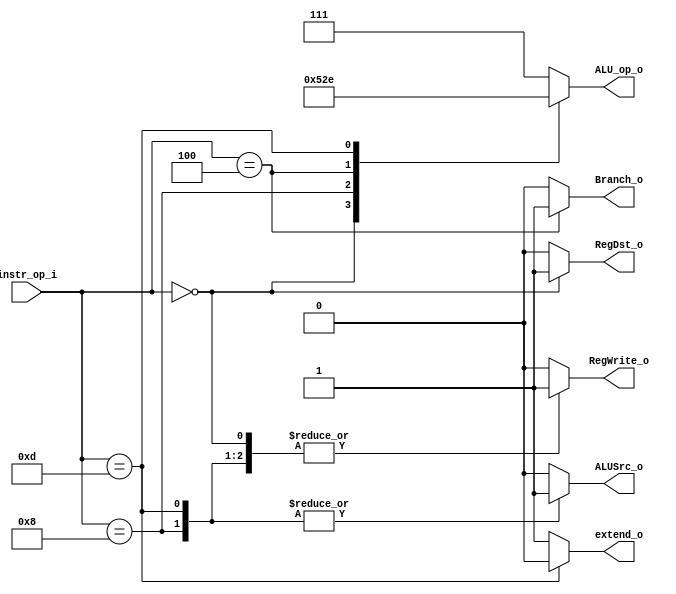
//Student ID: 0016311
//Subject:     CO project 2 - Decoder
//--------------------------------------------------------------------------------
//Version:     1
//--------------------------------------------------------------------------------
//Writer:      Luke
//----------------------------------------------
//----------------------------------------------
//Description: 
//--------------------------------------------------------------------------------

module Decoder(
	instr_op_i,
	RegWrite_o,
	ALU_op_o,
	ALUSrc_o,
	RegDst_o,
	Branch_o,
	extend_o
	);
     
//I/O ports
input  [6-1:0] instr_op_i;

output         RegWrite_o;
output [3-1:0] ALU_op_o;
output         ALUSrc_o;
output         RegDst_o;
output         Branch_o;
output			extend_o; 
//Internal Signals
reg    [3-1:0] ALU_op_o;
reg            ALUSrc_o;
reg            RegWrite_o;
reg            RegDst_o;
reg            Branch_o;
reg				extend_o;
//Parameter


//Main function
always @(*)
begin
	case (instr_op_i)
	6'b000000:			//R-type
	begin
		ALU_op_o <= 3'b010;
		ALUSrc_o <= 0;
		RegWrite_o <= 1;
		RegDst_o <= 1;
		Branch_o <= 0;
		extend_o <= 1;
	end
	6'b001000:			//add immediate
	begin
		ALU_op_o <= 3'b100;
		ALUSrc_o <= 1;
		RegWrite_o <= 1;
		RegDst_o <= 0;
		Branch_o <= 0;
		extend_o <= 1;
	end
	6'b000100:			//Branch on Equal
	begin
		ALU_op_o <= 3'b101;
		ALUSrc_o <= 0;
		RegWrite_o <= 0;
		RegDst_o <= 0;
		Branch_o <= 1;
		extend_o <= 1;
	end
	6'b001101:			//OR immedicate
	begin
		ALU_op_o <= 3'b110;
		ALUSrc_o <= 1;
		RegWrite_o <= 1;
		RegDst_o <= 0;
		Branch_o <= 0;
		extend_o <= 0;
	end
	default:
	begin
		ALU_op_o <= 3'b111;
		ALUSrc_o <= 0;
		RegWrite_o <= 0;
		RegDst_o <= 0;
		Branch_o <= 0;
		extend_o <= 1;
	end
	endcase
end
endmodule